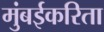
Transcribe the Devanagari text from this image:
मुंबईकरिता